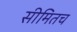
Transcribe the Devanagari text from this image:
सीमितच